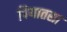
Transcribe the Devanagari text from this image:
पियातसा